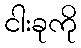
ငါးခုကို